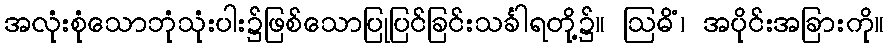
အလုံးစုံသောဘုံသုံးပါး၌ဖြစ်သောပြုပြင်ခြင်းသင်္ခါရတို့၌။ ဩဓိံ၊ အပိုင်းအခြားကို။